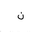
Letter: _non